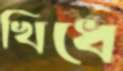
খিধে